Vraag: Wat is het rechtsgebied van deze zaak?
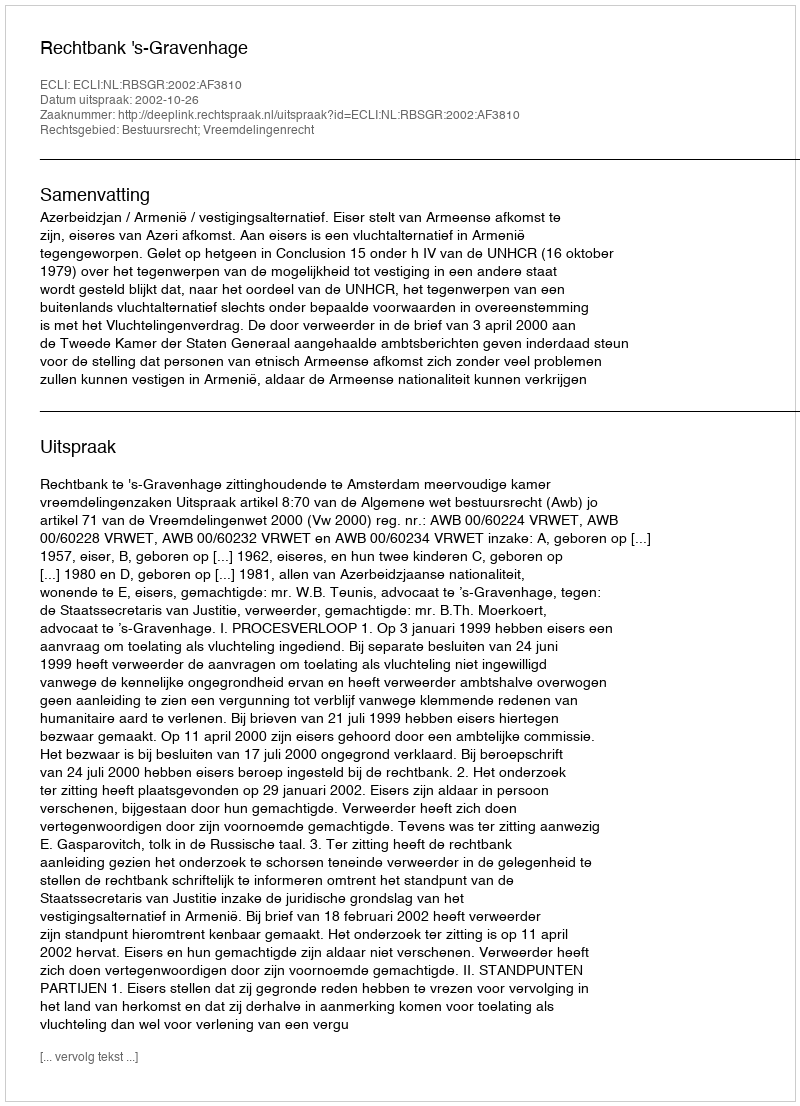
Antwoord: Bestuursrecht; Vreemdelingenrecht